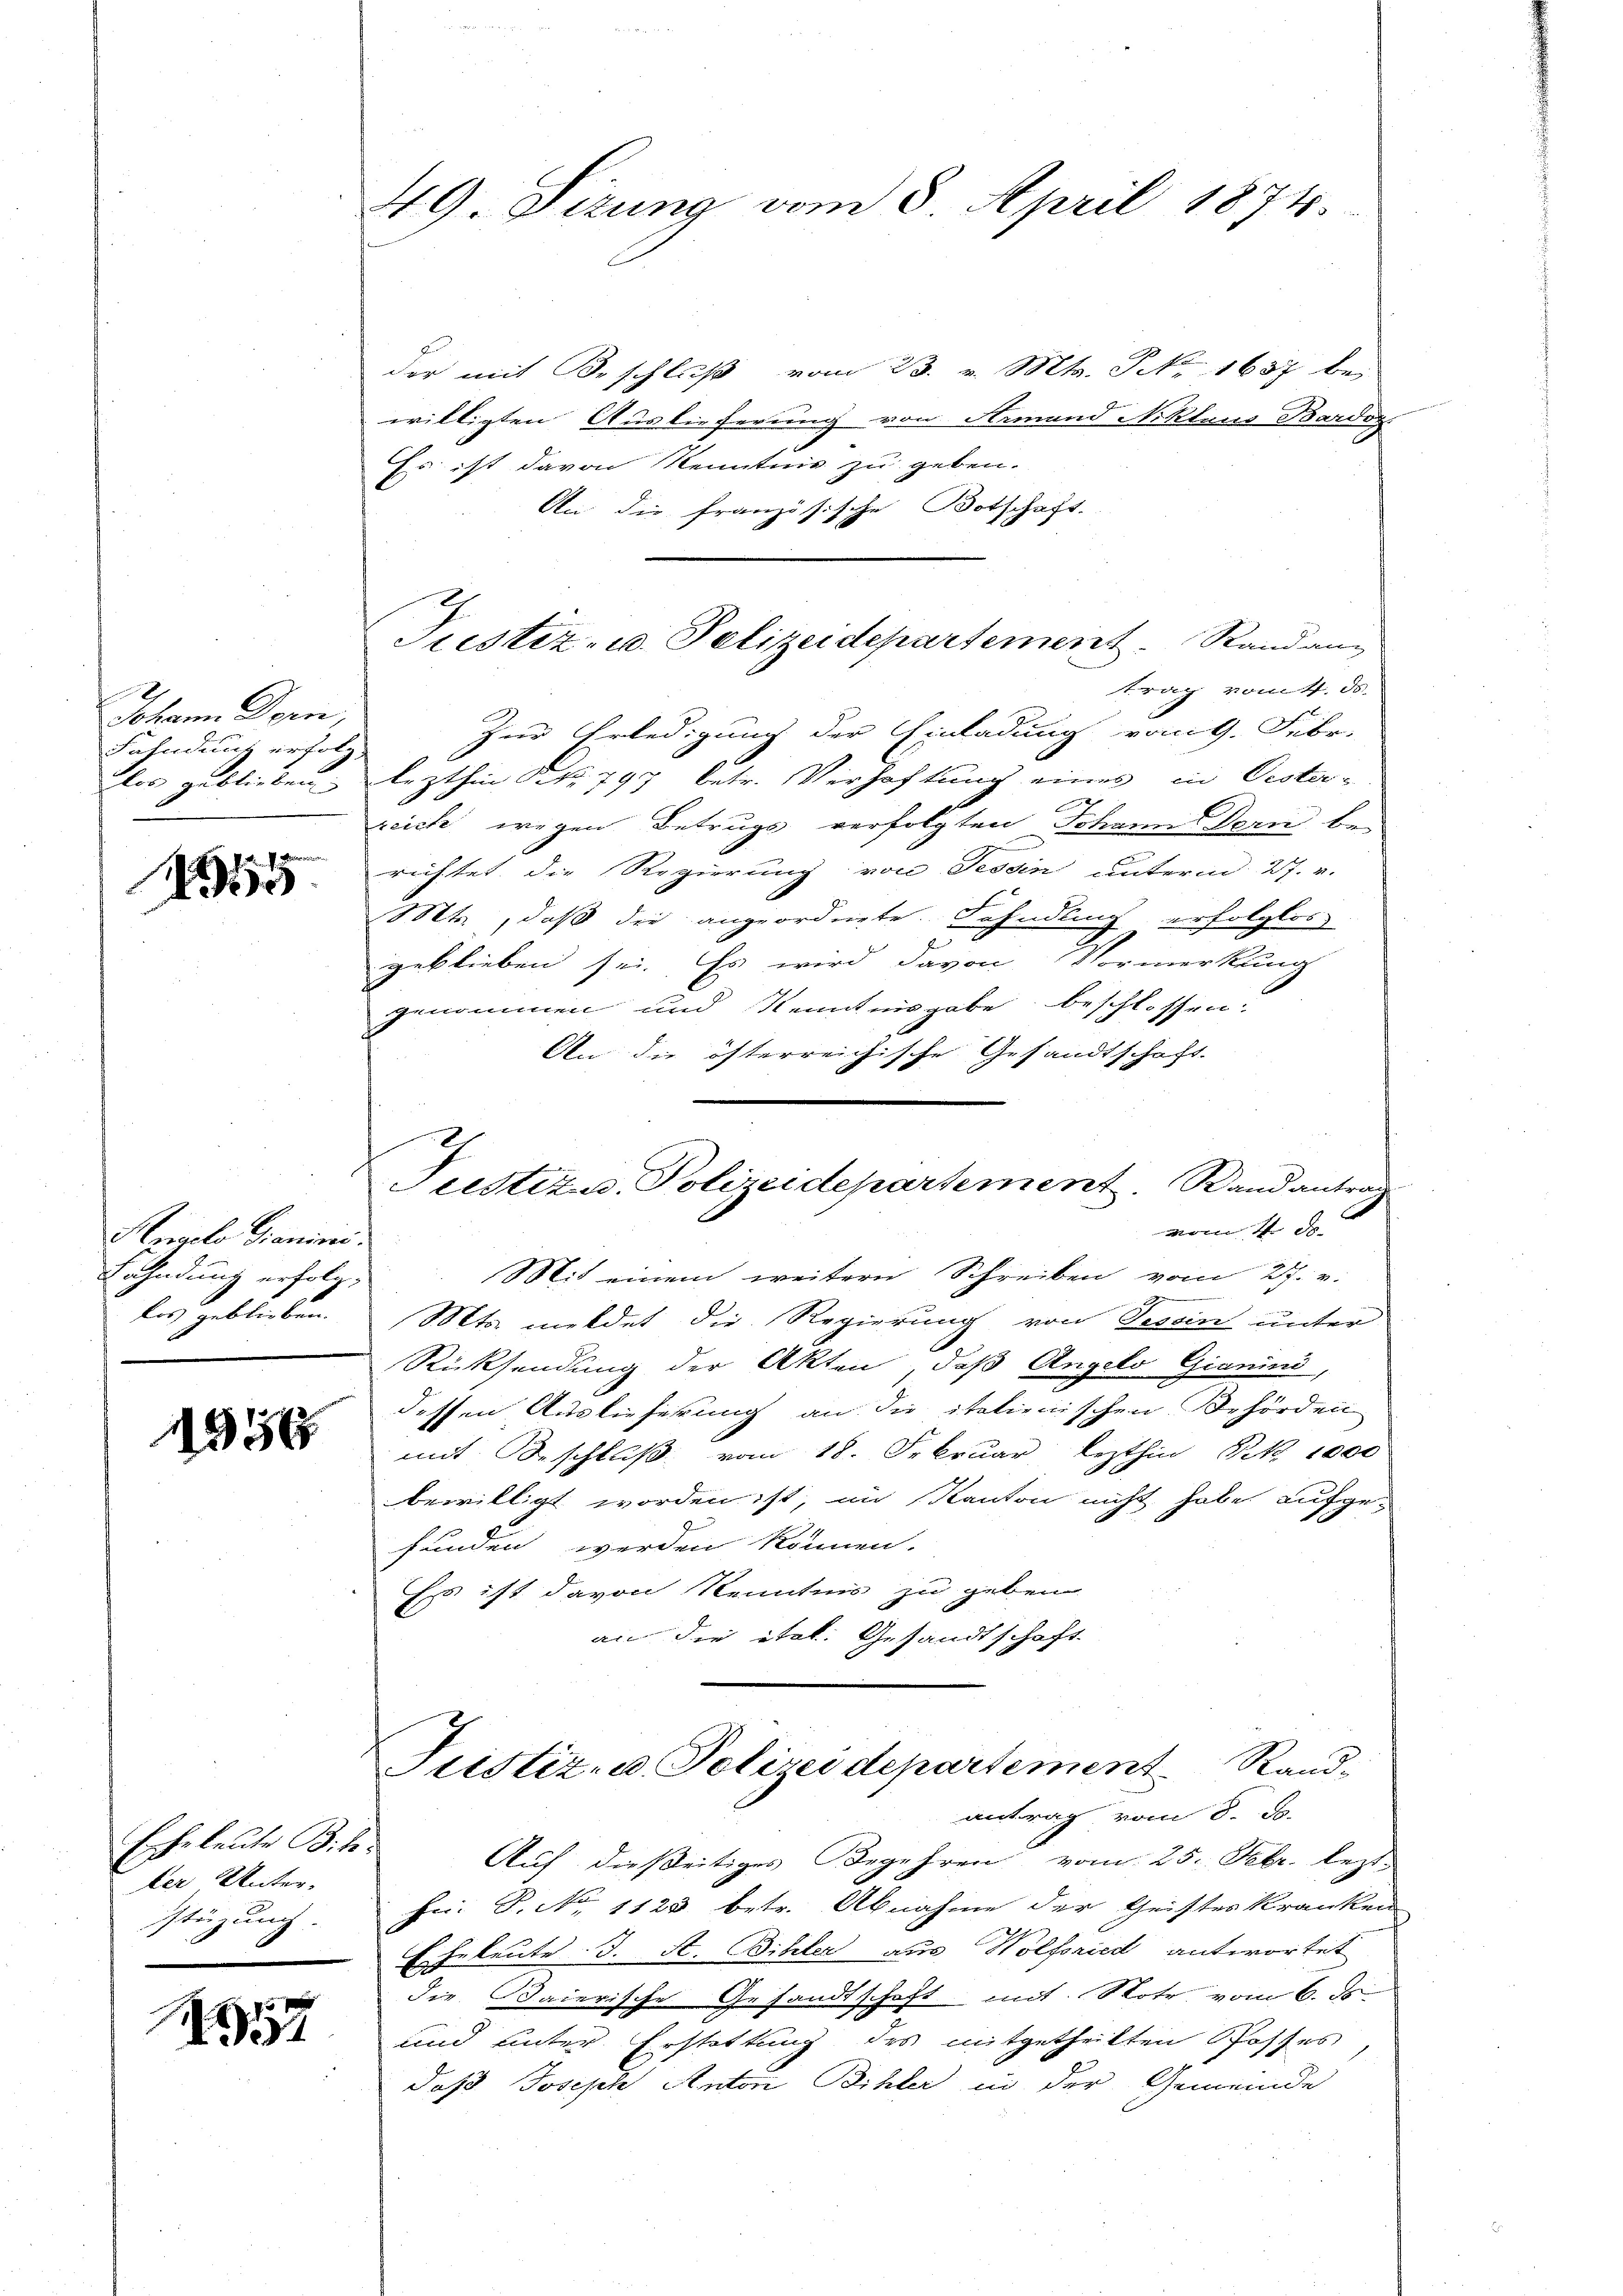
Johann Dorn,
Fahndung erfolg
Flor zu blieben

. . .
o

Anacle dienini.
Fahndung erfolg.
les geblieben.

1350

Eheleute Bitder Unter-
stüzung.

1557

49. Sitzung vom 8. April 1874.

der mit Beschlŭβ vom 23. v. Mts. S. 1637 bei
willigten Auslieferung von Aemand Niklaus Bardog.
Es ist davon Kenntnis zu geben.
2
An die französische Botschaft.
trag vom 4. ds.
Zur Erledigung der Einladung vom 9. Febr.
lezthin Nr. 797 betr. Verhaftung eines in Oester-
zeich wegen Betrugs verfolgten Johanndern be-
richtet, die Regierung von Tessin unterm 27. v.
Mts., daß die angeordnete Fahndling erfolglos
geblieben sei. Es wird davon Vormerkung
genommen und Kenntnisgabe beschlossen:
An die österreichische Gesandtschaft
Mit einem weitern Schreiben vom 27. v.
Mts. meldet die Regierung von Tessin unter
Rücksendung der Akten, daß Angelo Gianini,
dessen Auslieferung an die italienischen Behörden
mit Beschluß vom 18. Februar lezthin Frk. 1000
bewilligt worden ist, im Kanton nicht habe aufge-
funden werden können.
Es ist davon Kenntnis zu geben
an die ital. Gesandtschaft
Justiz- u. Polizeidepartement Rand-
antrag vom 8. J.
Auf dießeitiges Begehren vom 25. Febr. lezt.
Hei. S. No 1123 betr. Abnahme der Geisteskranken
Eheleute. J. St. Biller aus Wolfriedt antwortet
die Baierische Gesandtschaft mit Rohr, vom 6. ds.
und unter Erstattung des mitgetheilten Postfes
daß Joseph Anton Bihler in der Gemeinde

Justiz- u. Pelizeidepartement. Rand ang

Justitus Polizeidepartement. Randantrag
vom 4 de